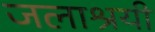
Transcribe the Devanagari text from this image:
जलाश्रयी